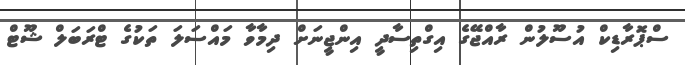
ސްޕޮރާޑިކް އުސޫލުން ރާއްޖޭގެ އިގްތިސާދީ އިންޖީނަށް ދިމާވާ މައްސަލަ ތަކުގެ ޓްރަބަލް ޝޫޓް